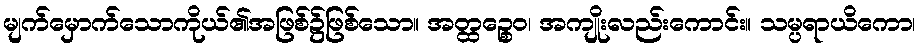
မျက်မှောက်သောကိုယ်၏အဖြစ်၌ဖြစ်သော။ အတ္ထဉ္စေဝ၊ အကျိုးလည်းကောင်း။ သမ္ပရာယိကော၊